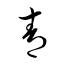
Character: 青